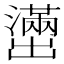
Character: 𫥭